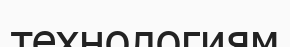
технологиям